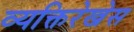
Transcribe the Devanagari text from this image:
व्यक्तिरेखेस